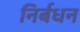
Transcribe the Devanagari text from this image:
निर्बधन